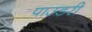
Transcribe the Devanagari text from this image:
पाउडरी